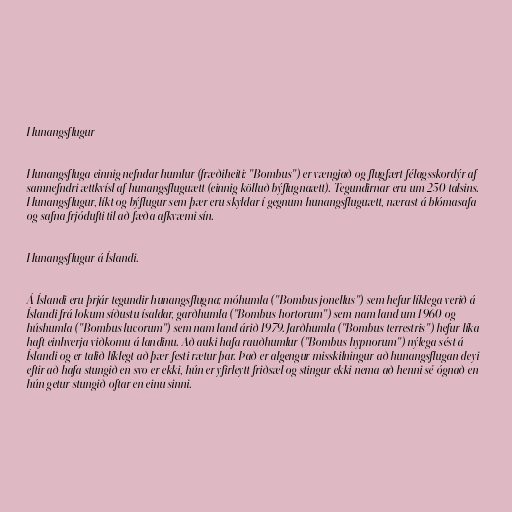
Hunangsflugur

Hunangsfluga einnig nefndar humlur (fræðiheiti: "Bombus") er vængjað og flugfært félagsskordýr af
samnefndri ættkvísl af hunangsfluguætt (einnig kölluð býflugnaætt). Tegundirnar eru um 250 talsins.
Hunangsflugur, líkt og býflugur sem þær eru skyldar í gegnum hunangsfluguætt, nærast á blómasafa
og safna frjódufti til að fæða afkvæmi sín.

Hunangsflugur á Íslandi.

Á Íslandi eru þrjár tegundir hunangsflugna; móhumla ("Bombus jonellus") sem hefur líklega verið á
Íslandi frá lokum síðustu ísaldar, garðhumla ("Bombus hortorum") sem nam land um 1960 og
húshumla ("Bombus lucorum") sem nam land árið 1979. Jarðhumla ("Bombus terrestris") hefur líka
haft einhverja viðkomu á landinu. Að auki hafa rauðhumlur ("Bombus hypnorum") nýlega sést á
Íslandi og er talið líklegt að þær festi rætur þar. Það er algengur misskilningur að hunangsflugan deyi
eftir að hafa stungið en svo er ekki, hún er yfirleytt friðsæl og stingur ekki nema að henni sé ógnað en
hún getur stungið oftar en einu sinni.